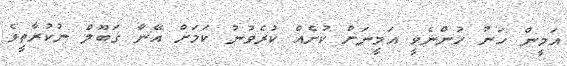
އަމީން ހަނު ހުންނެވީ އަމީނަށް ކުށެއް ކުރެވުނު ކަމަށް އޭނާ ގަބޫލް ނުކުރާތީވެ